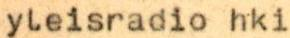
yleisradio hki